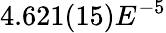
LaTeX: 4.621(15)E^{-5}